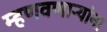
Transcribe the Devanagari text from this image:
म्हणवणार्‍यांना